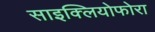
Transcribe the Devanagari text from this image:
साइक्लियोफोरा